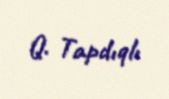
Q. Tapdıqlı